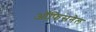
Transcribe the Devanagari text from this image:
ऑफिसनेल